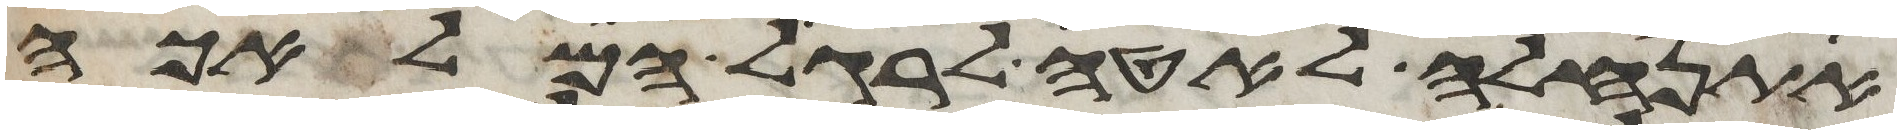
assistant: אתנהלה לאטי לרגל המלאכה